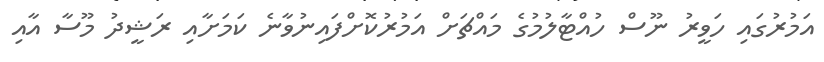
އަމުރުގައި ހަވީރު ނޫސް ހުއްޓާލުމުގެ މައްޗަށް އަމުރުކޮށްފައިނުވާނެ ކަމަށާއި ރަޝީދު މޫސާ އާއި